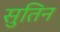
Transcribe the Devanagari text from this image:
सुतिन